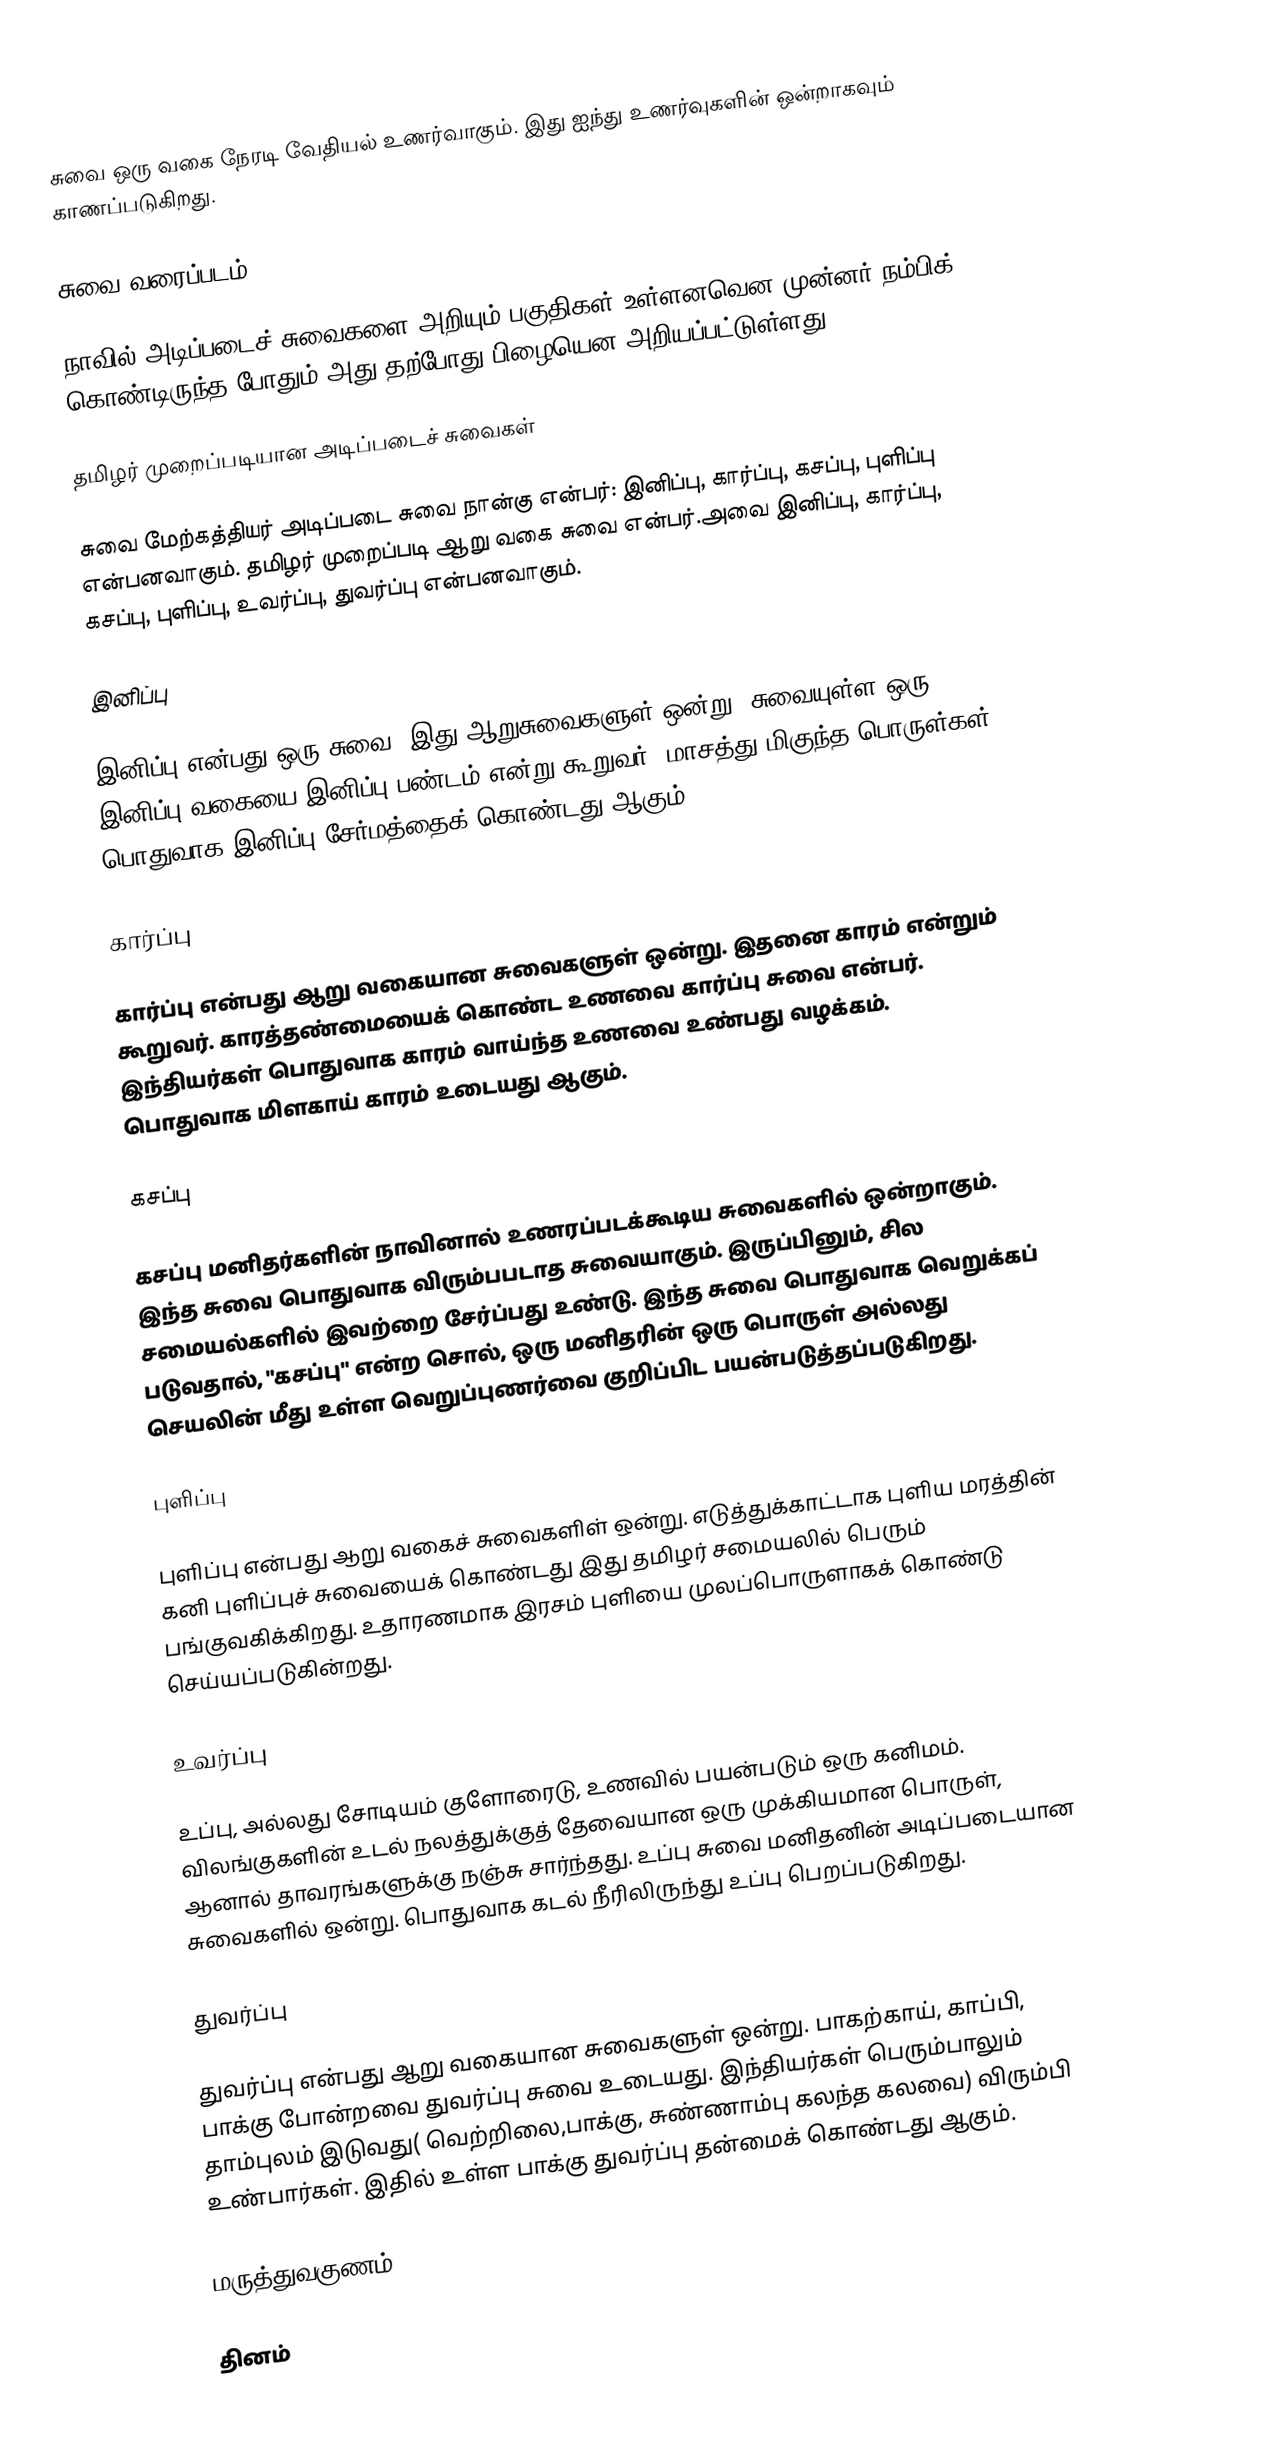
சுவை ஒரு வகை நேரடி வேதியல் உணர்வாகும். இது ஐந்து உணர்வுகளின் ஒன்றாகவும் காணப்படுகிறது.

சுவை வரைப்படம்

நாவில் அடிப்படைச் சுவைகளை அறியும் பகுதிகள் உள்ளனவென முன்னர் நம்பிக் கொண்டிருந்த போதும் அது தற்போது பிழையென அறியப்பட்டுள்ளது.

தமிழர் முறைப்படியான அடிப்படைச் சுவைகள்

சுவை மேற்கத்தியர் அடிப்படை சுவை நான்கு என்பர்: இனிப்பு, கார்ப்பு, கசப்பு, புளிப்பு என்பனவாகும். தமிழர் முறைப்படி ஆறு வகை சுவை என்பர்.அவை இனிப்பு, கார்ப்பு, கசப்பு, புளிப்பு, உவர்ப்பு, துவர்ப்பு என்பனவாகும்.

இனிப்பு

இனிப்பு என்பது ஒரு சுவை. இது ஆறுசுவைகளுள் ஒன்று. சுவையுள்ள ஒரு இனிப்பு வகையை இனிப்பு பண்டம் என்று கூறுவர். மாசத்து மிகுந்த பொருள்கள் பொதுவாக இனிப்பு சேர்மத்தைக் கொண்டது ஆகும்.

கார்ப்பு

கார்ப்பு என்பது ஆறு வகையான சுவைகளுள் ஒன்று. இதனை காரம் என்றும் கூறுவர். காரத்தண்மையைக் கொண்ட உணவை கார்ப்பு சுவை என்பர். இந்தியர்கள் பொதுவாக காரம் வாய்ந்த உணவை உண்பது வழக்கம். பொதுவாக மிளகாய்  காரம் உடையது ஆகும்.

கசப்பு

கசப்பு மனிதர்களின் நாவினால் உணரப்படக்கூடிய சுவைகளில் ஒன்றாகும். இந்த சுவை பொதுவாக விரும்பபடாத சுவையாகும். இருப்பினும், சில சமையல்களில் இவற்றை சேர்ப்பது உண்டு. இந்த சுவை பொதுவாக வெறுக்கப் படுவதால், "கசப்பு" என்ற சொல், ஒரு மனிதரின் ஒரு பொருள் அல்லது செயலின் மீது உள்ள வெறுப்புணர்வை குறிப்பிட பயன்படுத்தப்படுகிறது.

புளிப்பு

புளிப்பு என்பது ஆறு வகைச் சுவைகளிள் ஒன்று. எடுத்துக்காட்டாக புளிய மரத்தின் கனி புளிப்புச் சுவையைக் கொண்டது இது தமிழர் சமையலில் பெரும் பங்குவகிக்கிறது. உதாரணமாக இரசம் புளியை முலப்பொருளாகக் கொண்டு செய்யப்படுகின்றது.

உவர்ப்பு

உப்பு, அல்லது சோடியம் குளோரைடு, உணவில் பயன்படும் ஒரு கனிமம். விலங்குகளின் உடல் நலத்துக்குத் தேவையான ஒரு முக்கியமான பொருள், ஆனால் தாவரங்களுக்கு நஞ்சு சார்ந்தது. உப்பு சுவை மனிதனின் அடிப்படையான சுவைகளில் ஒன்று. பொதுவாக கடல் நீரிலிருந்து உப்பு பெறப்படுகிறது.

துவர்ப்பு

துவர்ப்பு என்பது ஆறு வகையான சுவைகளுள் ஒன்று. பாகற்காய், காப்பி, பாக்கு போன்றவை துவர்ப்பு சுவை உடையது. இந்தியர்கள் பெரும்பாலும் தாம்புலம் இடுவது( வெற்றிலை,பாக்கு, சுண்ணாம்பு கலந்த கலவை) விரும்பி உண்பார்கள். இதில் உள்ள பாக்கு துவர்ப்பு தன்மைக்  கொண்டது ஆகும்.

மருத்துவகுணம்

தினம்